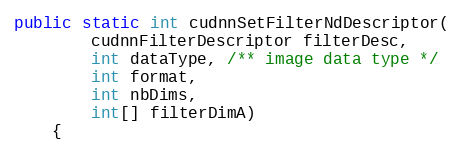
Language: Java
public static int cudnnSetFilterNdDescriptor(
        cudnnFilterDescriptor filterDesc,
        int dataType, /** image data type */
        int format,
        int nbDims,
        int[] filterDimA)
    {